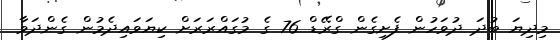
މިދިޔަ ބުދަ ދުވަހުން ފެށިގެން ގްރޭޑް 76 ގެ މުގައްރަރަށް ކިޔަވައިދެމުން ގެންދަވާ